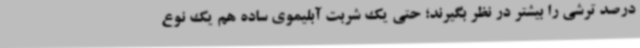
درصد ترشی را بیشتر در نظر بگیرند؛ حتی یک شربت آبلیموی ساده هم یک نوع